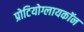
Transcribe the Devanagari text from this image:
प्रोटियोग्लायकॉन